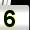
Digit: 5